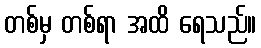
တစ်မှ တစ်ရာ အထိ ရေသည်။